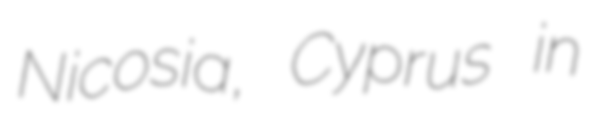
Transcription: Nicosia, Cyprus in